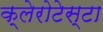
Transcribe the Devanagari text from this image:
क्लेरोटेस्टा